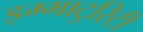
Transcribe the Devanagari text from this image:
इम्माटुरिटी